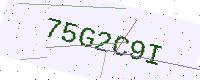
Text: 75G2C9I